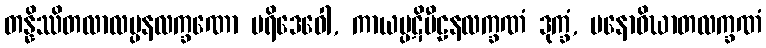
တန္နိဿိတလာလပ္ပနလက္ခဏော ပရိဒေဝေါ, ကာယပ္ပဋိပီဠနလက္ခဏံ ဒုက္ခံ, မနောဝိဃာတလက္ခဏံ